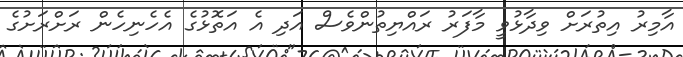
އާމިރު އިތުރަށް ވިދާޅުވީ މާފަރު ރައްޔިތުންވެސް އަދި އެ އަތޮޅުގެ އެހެނިހެން ރަށްރަށުގެ